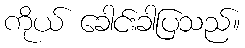
ကိုယ် ခေါင်းခါပြသည်။